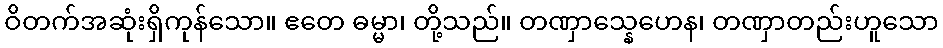
ဝိတက်အဆုံးရှိကုန်သော။ ဧတေ ဓမ္မာ၊ တို့သည်။ တဏှာသ္နေဟေန၊ တဏှာတည်းဟူသော